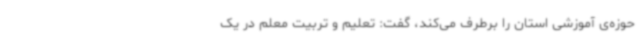
حوزه‌ی آموزشی استان را برطرف می‌کند، گفت: تعلیم و تربیت معلم در یک